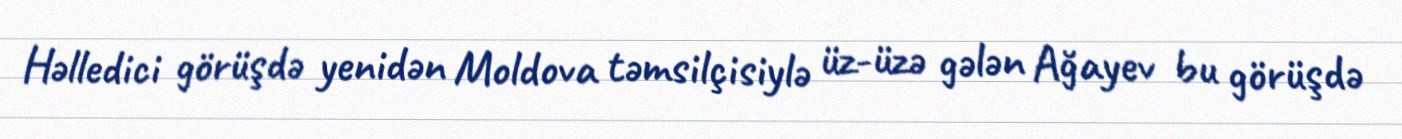
Həlledici görüşdə yenidən Moldova təmsilçisiylə üz-üzə gələn Ağayev bu görüşdə